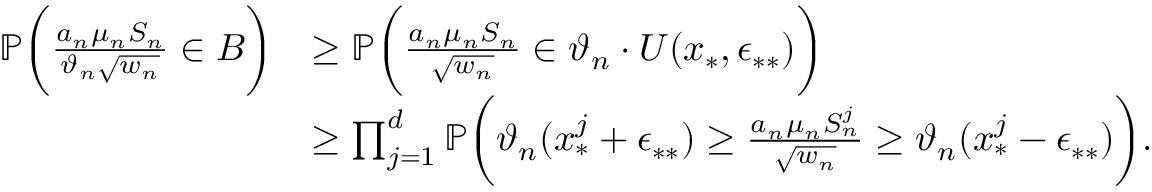
\begin{array} { r l } { \mathbb { P } \bigg ( \frac { a _ { n } \mu _ { n } S _ { n } } { \vartheta _ { n } \sqrt { w _ { n } } } \in B \bigg ) } & { \geq \mathbb { P } \bigg ( \frac { a _ { n } \mu _ { n } S _ { n } } { \sqrt { w _ { n } } } \in \vartheta _ { n } \cdot U ( x _ { * } , \epsilon _ { * * } ) \bigg ) } \\ & { \geq \prod _ { j = 1 } ^ { d } \mathbb { P } \bigg ( \vartheta _ { n } ( x _ { * } ^ { j } + \epsilon _ { * * } ) \geq \frac { a _ { n } \mu _ { n } S _ { n } ^ { j } } { \sqrt { w _ { n } } } \geq \vartheta _ { n } ( x _ { * } ^ { j } - \epsilon _ { * * } ) \bigg ) . } \end{array}